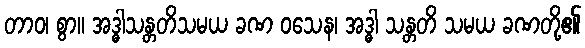
တာဝ၊ စွာ။ အဒ္ဓါသန္တတိသမယ ခဏ ဝသေန၊ အဒ္ဓါ သန္တတိ သမယ ခဏတို့၏